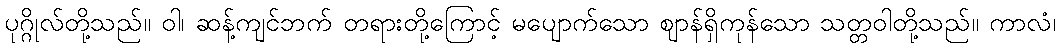
ပုဂ္ဂိုလ်တို့သည်။ ဝါ၊ ဆန့်ကျင်ဘက် တရားတို့ကြောင့် မပျောက်သော ဈာန်ရှိကုန်သော သတ္တဝါတို့သည်။ ကာလံ၊